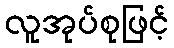
လူအုပ်စုဖြင့်